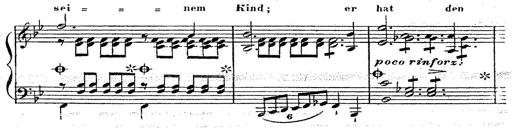
Title: 12 Lieder von Franz Schubert
Composer: Franz Liszt